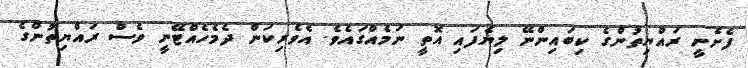
ފެށެނީ ރައްޔިތުންގެ ކިބައިންނޭ ލިޔެފައި އޮތީ ނަމެއްގައެވެ. އެވެރިކަން ދެމެހެއްޓޭނީ ވެސް ރައްޔިތުންގެ